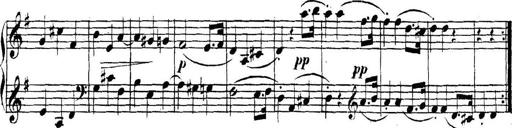
Title: Collected Piano Sonatas
Composer: Muzio Clementi